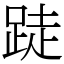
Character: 跿